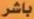
باشر